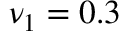
\nu _ { 1 } = 0 . 3